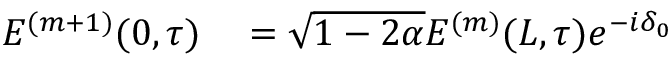
\begin{array} { r l } { E ^ { ( m + 1 ) } ( 0 , \tau ) } & { { } = \sqrt { 1 - 2 \alpha } E ^ { ( m ) } ( L , \tau ) e ^ { - i \delta _ { 0 } } } \end{array}